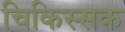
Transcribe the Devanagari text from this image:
चिकिस्सक